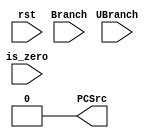
`timescale 1ns / 1ps

module LEGv8_MEM(
    input rst,
    input UBranch,
    input Branch,
    input is_zero,

    output reg PCSrc
    );

    reg CBZ;

    always @(rst)
        begin
            PCSrc <= 1'b0;
        end
        
    always @(Branch or is_zero)
        begin
            CBZ <= Branch & is_zero;
        end

    always @(UBranch or CBZ)
        begin
            PCSrc <= UBranch | CBZ;
        end

endmodule